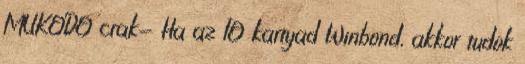
MUKODO crak- Ha az IO kartyad Winbond, akkor tudok